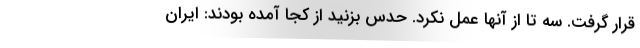
قرار گرفت. سه تا از آنها عمل نکرد. حدس بزنید از کجا آمده بودند: ایران